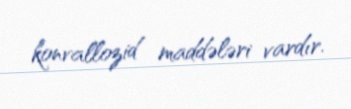
konvallozid maddələri vardır.